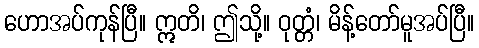
ဟောအပ်ကုန်ပြီ။ ဣတိ၊ ဤသို့။ ဝုတ္တံ၊ မိန့်တော်မူအပ်ပြီ။